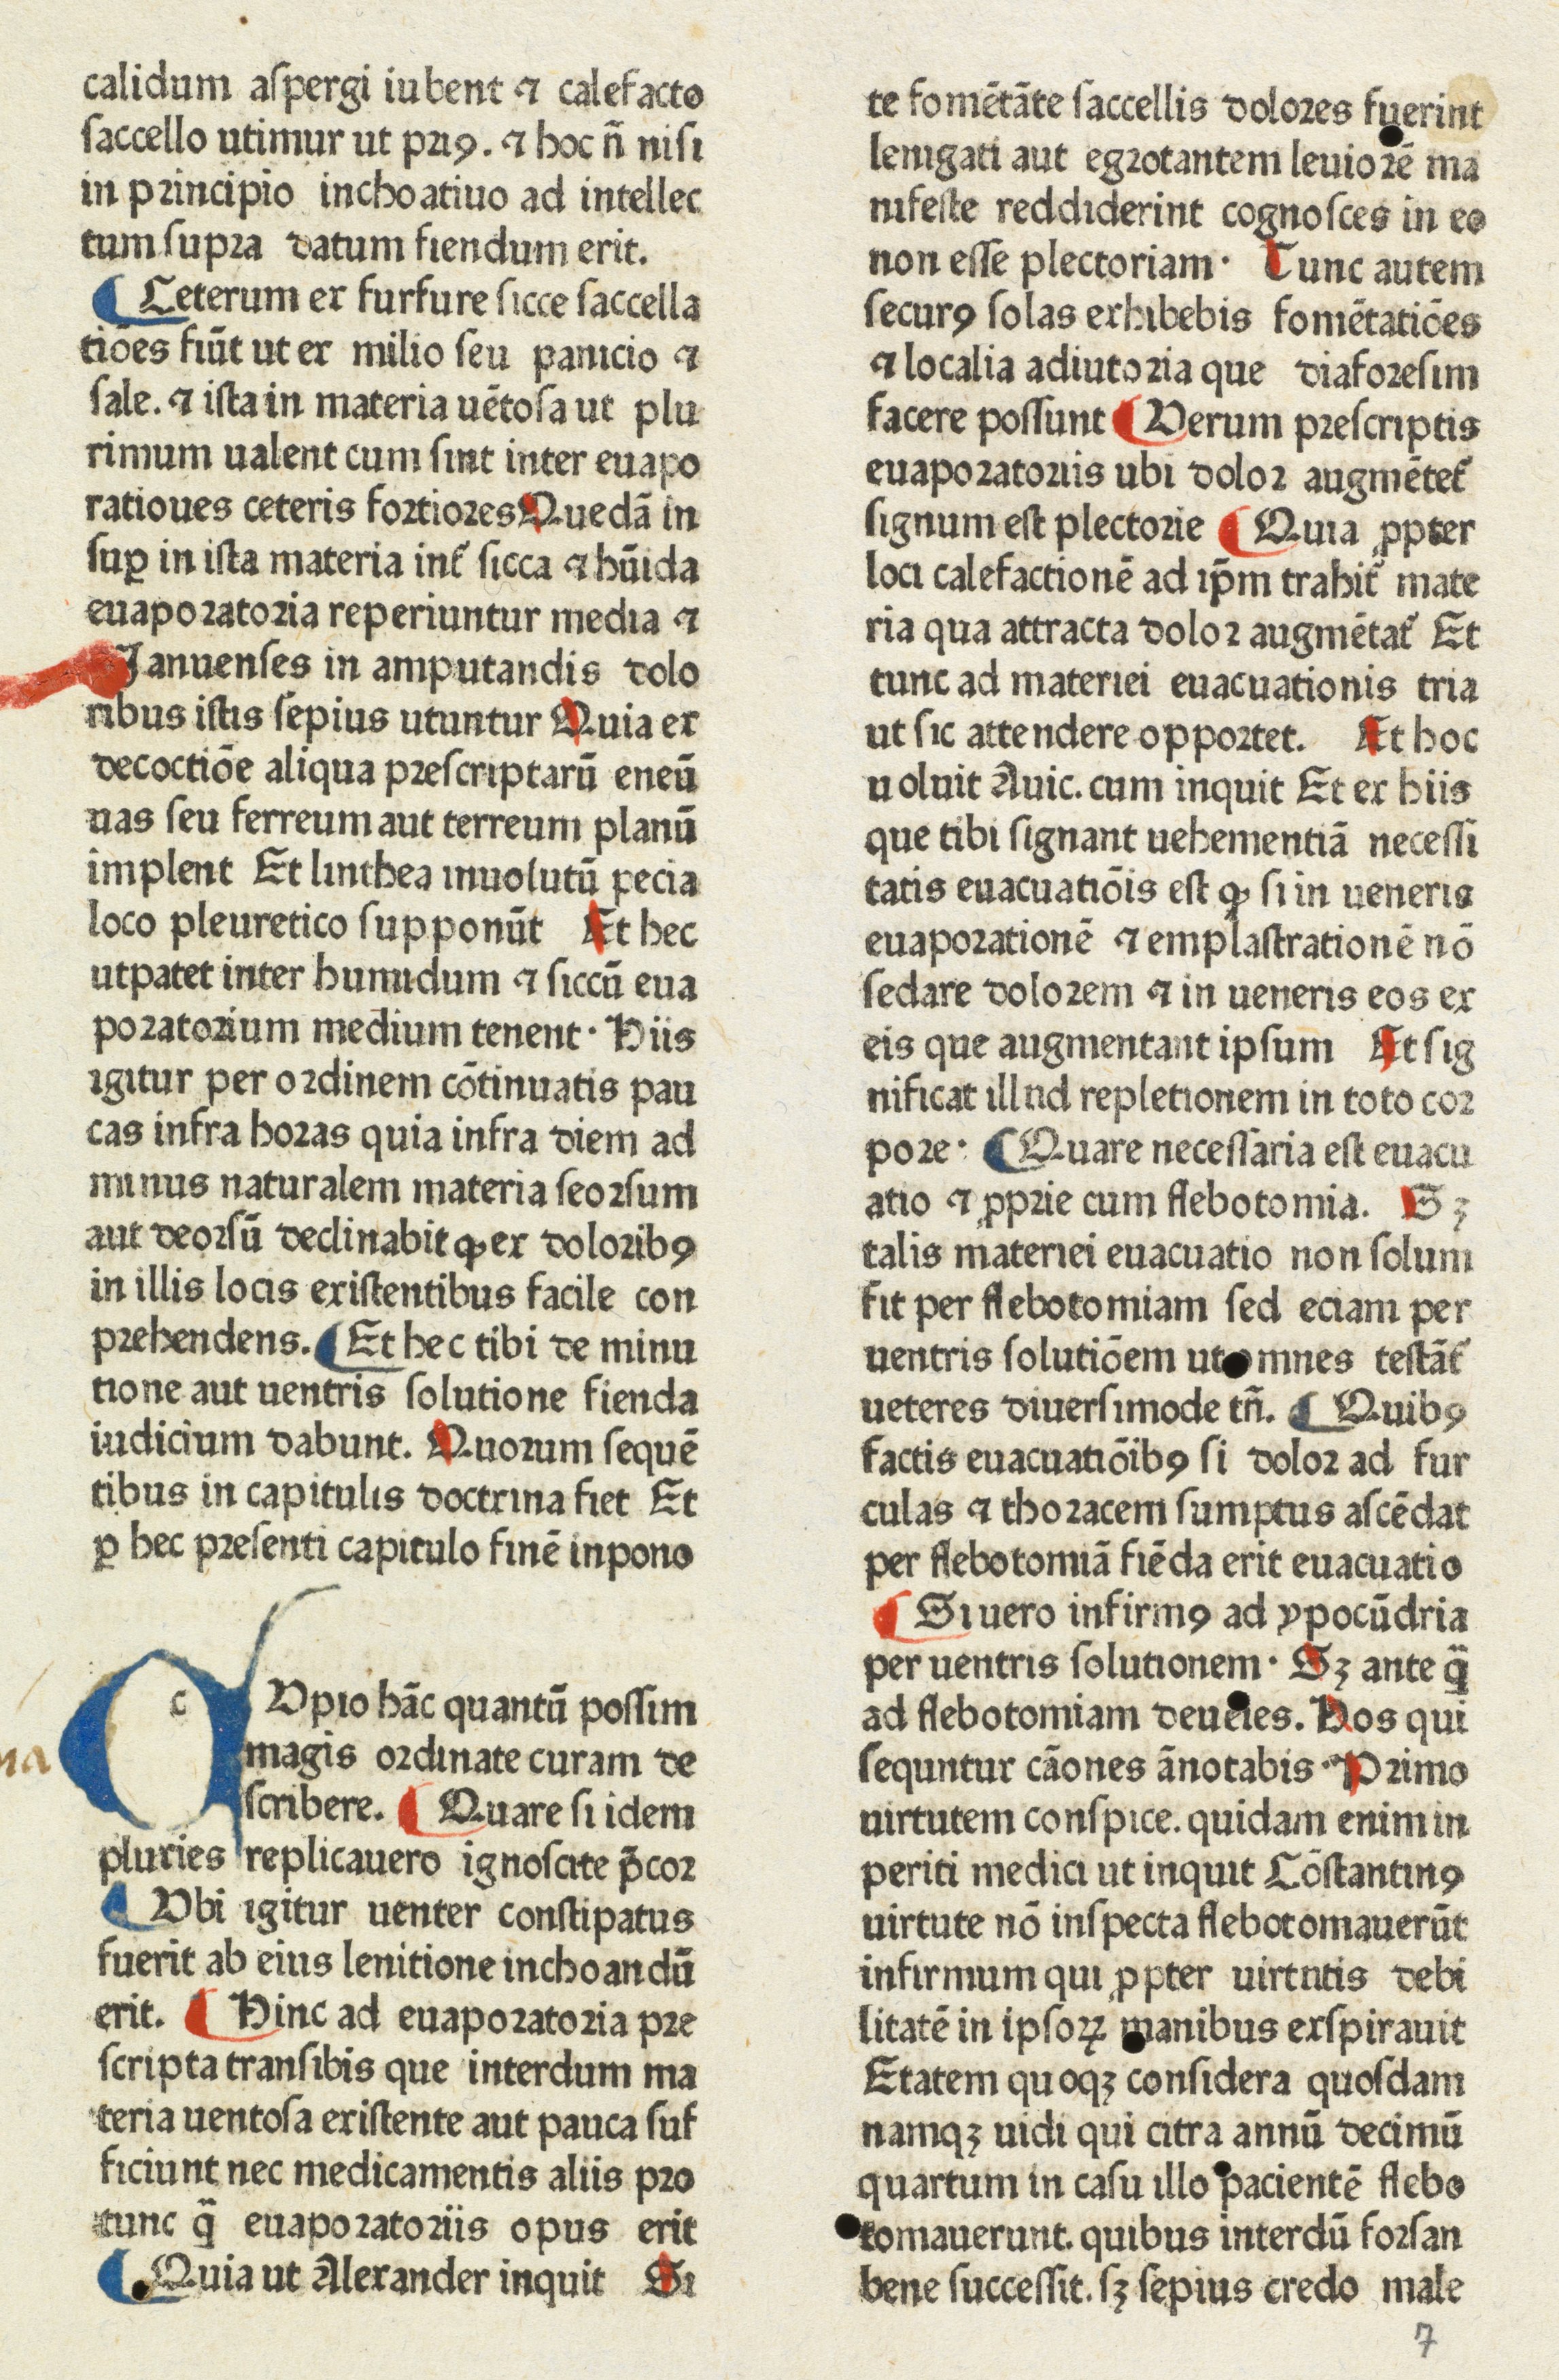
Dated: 1480–1470